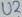
Text: U2